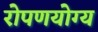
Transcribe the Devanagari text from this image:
रोपणयोग्य